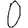
Digit: 0